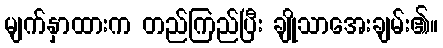
မျက်နှာထားက တည်ကြည်ပြီး ချိုသာအေးချမ်း၏။